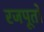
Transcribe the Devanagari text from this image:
रजपूतो